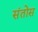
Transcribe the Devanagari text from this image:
संतोस